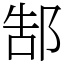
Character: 郜